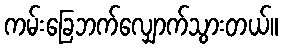
ကမ်းခြေဘက်လျှောက်သွားတယ်။